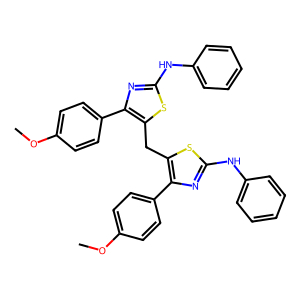
SMILES: COc1ccc(-c2nc(Nc3ccccc3)sc2Cc2sc(Nc3ccccc3)nc2-c2ccc(OC)cc2)cc1
Inhibits HIV replication: No